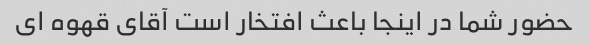
حضور شما در اینجا باعث افتخار است آقای قهوه ای